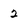
Character: 2